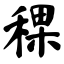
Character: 稞